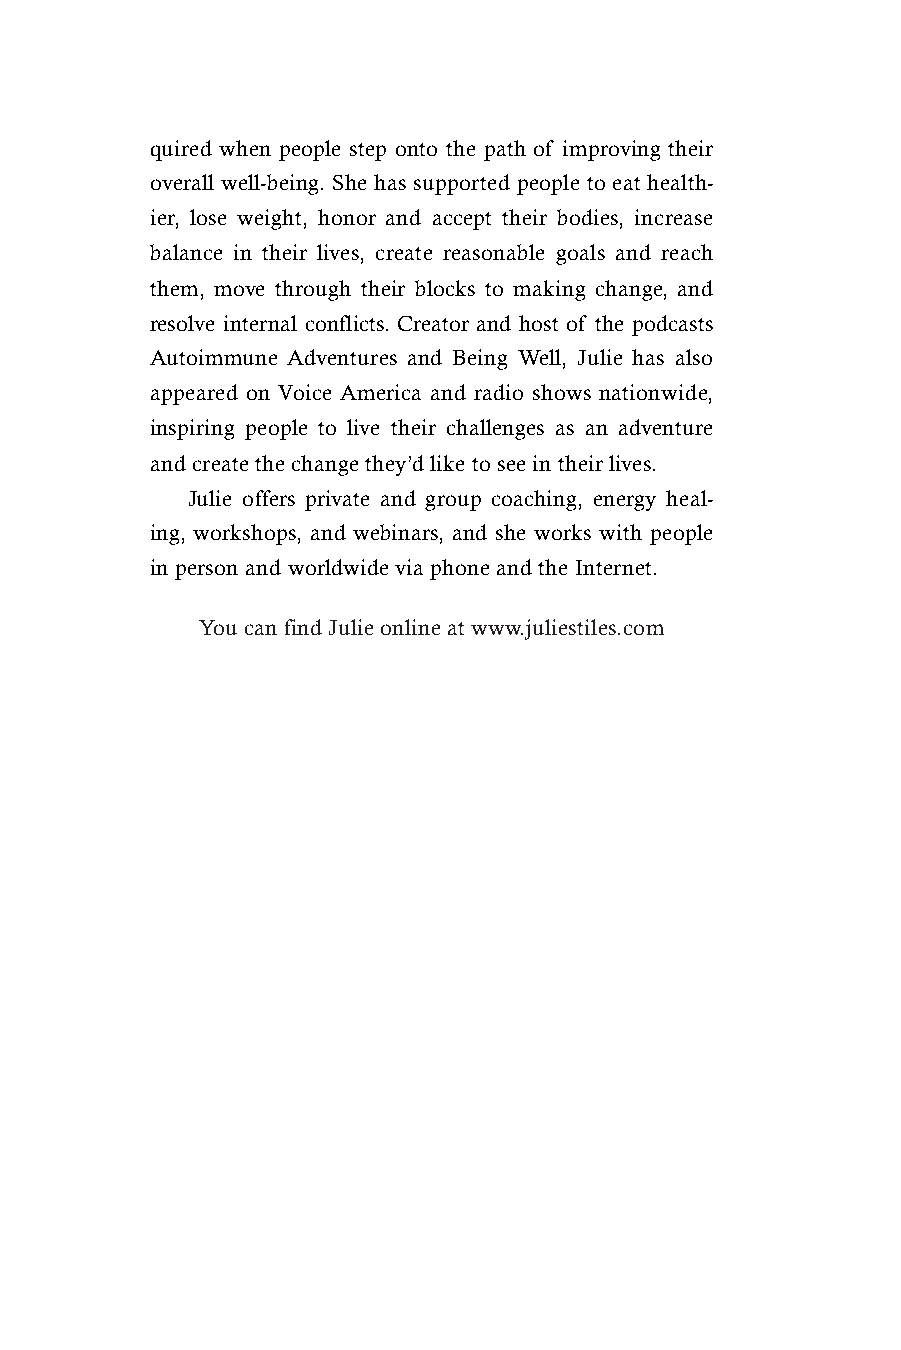
quired when people step onto the path of improving their
 overall well-being. She has supported people to eat health-
 ier, lose weight, honor and accept their bodies, increase
 balance in their lives, create reasonable goals and reach
 them, move through their blocks to making change, and
 resolve internal conflicts. Creator and host of the podcasts
 Autoimmune Adventures and Being Well, Julie has also
 appeared on Voice America and radio shows nationwide,
 inspiring people to live their challenges as an adventure
 and create the change they’d like to see in their lives.
 Julie offers private and group coaching, energy heal-
 ing, workshops, and webinars, and she works with people
 in person and worldwide via phone and the Internet.
 You can find Julie online at www.juliestiles.com